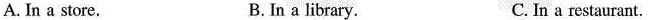
A.In a store。 B.In a library。 C.In a restaurant。